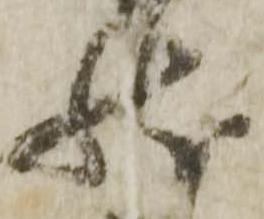
然